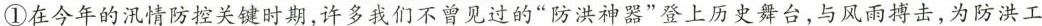
①在今年的汛情防控关键时期，许多我们不曾见过的”防洪神器”登上历史舞台，与风雨搏击，为防洪工